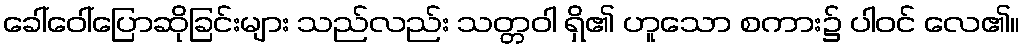
ခေါ်ဝေါ်ပြောဆိုခြင်းများ သည်လည်း သတ္တဝါ ရှိ၏ ဟူသော စကား၌ ပါဝင် လေ၏။